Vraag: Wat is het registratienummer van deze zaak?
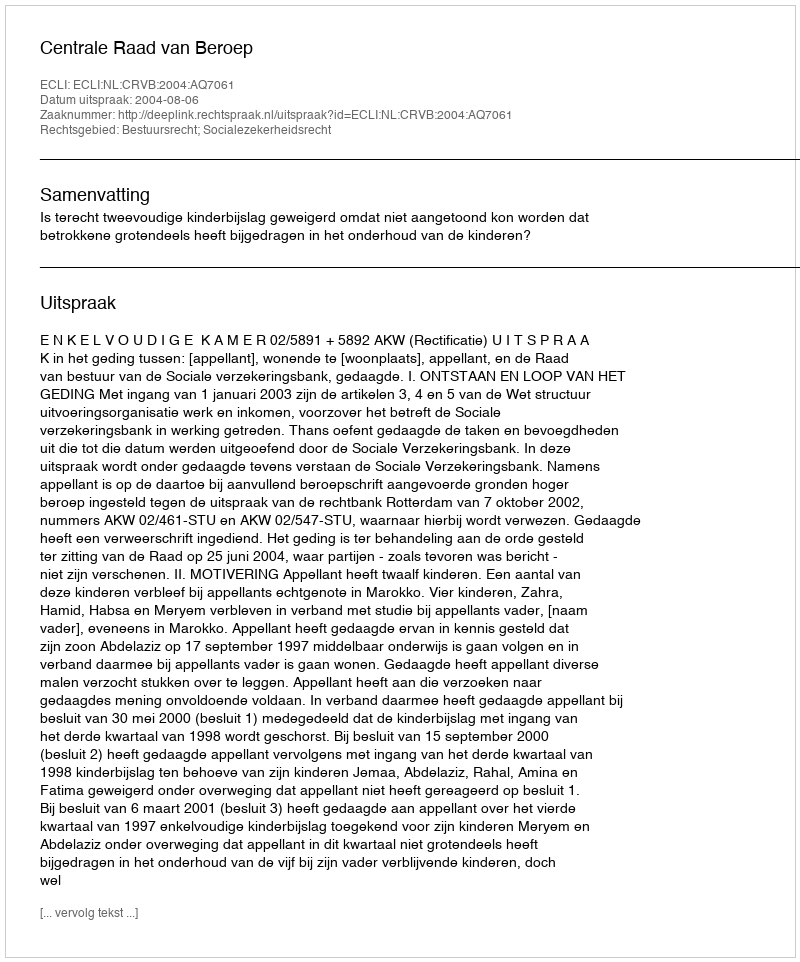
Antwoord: http://deeplink.rechtspraak.nl/uitspraak?id=ECLI:NL:CRVB:2004:AQ7061